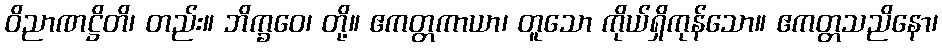
ဝိညာဏဋ္ဌိတိ၊ တည်း။ ဘိက္ခဝေ၊ တို့။ ဧကတ္တကာယာ၊ တူသော ကိုယ်ရှိကုန်သော။ ဧကတ္တသညိနော၊